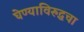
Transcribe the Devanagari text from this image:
घेण्याविरुद्धचा